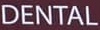
DENTAL